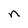
Character: n